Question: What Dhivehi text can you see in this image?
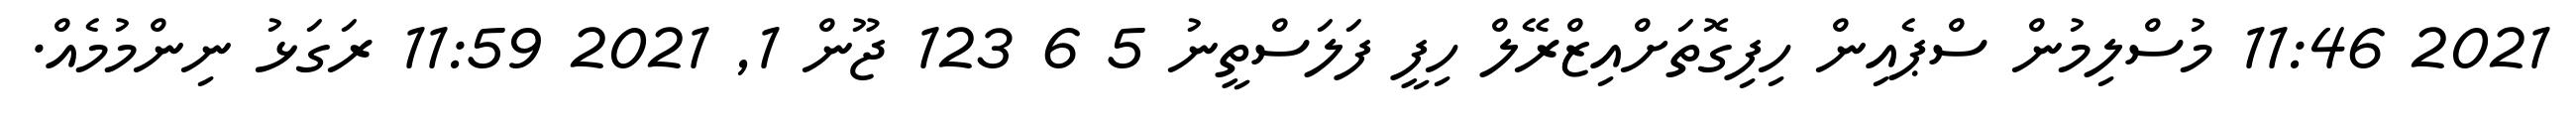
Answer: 2021 11:46 މުސްލިމުން ސްޕެއިން ހިފިގޮތަށްއިޒްރޭލް ހިފީ ފަލަސްތީނު 5 6 123 ޖޫން 1, 2021 11:59 ރަގަޅު ނިންމުމެއް.